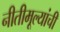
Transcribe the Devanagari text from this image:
नीतीमूल्यांची